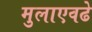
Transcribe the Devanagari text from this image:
मुलाएवढे